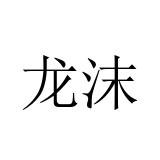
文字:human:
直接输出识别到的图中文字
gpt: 龙沫